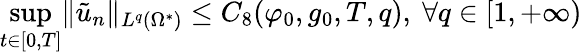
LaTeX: \operatorname*{sup}_{t\in[0,T]}\lVert\tilde{u}_{n}\rVert_{L^{q}(\Omega^{*})}\leq C_{8}(\varphi_{0},g_{0},T,q),\ \forall q\in[1,+\infty)